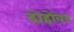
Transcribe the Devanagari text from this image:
दोहोंवर